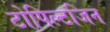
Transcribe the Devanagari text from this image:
टोपिल्टजिन